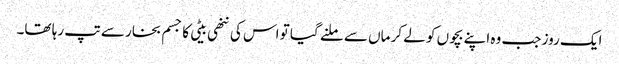
ایک روز جب وہ اپنے بچوں کو لے کر ماں سے ملنے گیا تو اس کی ننھی بیٹی کا جسم بخار سے تپ رہا تھا۔